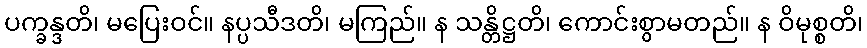
ပက္ခန္ဒတိ၊ မပြေးဝင်။ နပ္ပသီဒတိ၊ မကြည်။ န သန္တိဋ္ဌတိ၊ ကောင်းစွာမတည်။ န ဝိမုစ္စတိ၊